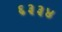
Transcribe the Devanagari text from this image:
६३३४